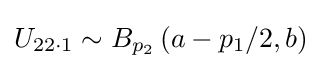
U_{22\cdot 1}\sim B_{p_{2}}\left(a-p_{1}/2,b\right)